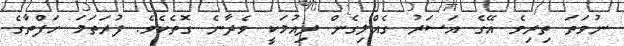
ނުވަތަ ތިރިވެ އޭގެ އަސަރު ގެއްލިގެން ދިއުމަކީ ވެދާނެ ގޮތެކެވެ. ފުރަތަމަ ހަފްތާގެ